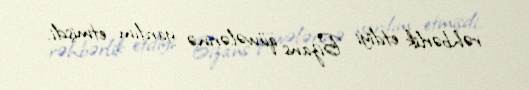
rəhbərlik etdiyi Bizans qüvvələrinə yardım etmişdi.